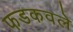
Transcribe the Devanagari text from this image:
फडकवले